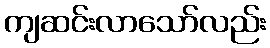
ကျဆင်းလာသော်လည်း